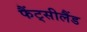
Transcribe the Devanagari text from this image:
फैंट्सीलैंड